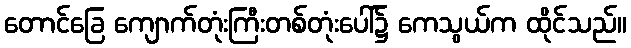
တောင်ခြေ ကျောက်တုံးကြီးတစ်တုံးပေါ်၌ ကေသွယ်က ထိုင်သည်။